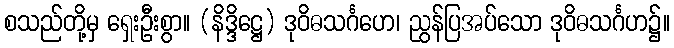
စသည်တို့မှ ရှေးဦးစွာ။ (နိဒ္ဒိဋ္ဌေ) ဒုဝိဓသင်္ဂဟေ၊ ညွန်ပြအပ်သော ဒုဝိဓသင်္ဂဟ၌။